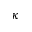
\kappa